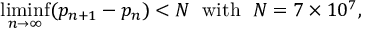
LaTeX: \operatorname* { l i m i n f } _ { n \to \infty } ( p _ { n + 1 } - p _ { n } ) < N \; { \mathrm { ~ w i t h ~ } } \; N = 7 \times 1 0 ^ { 7 } ,